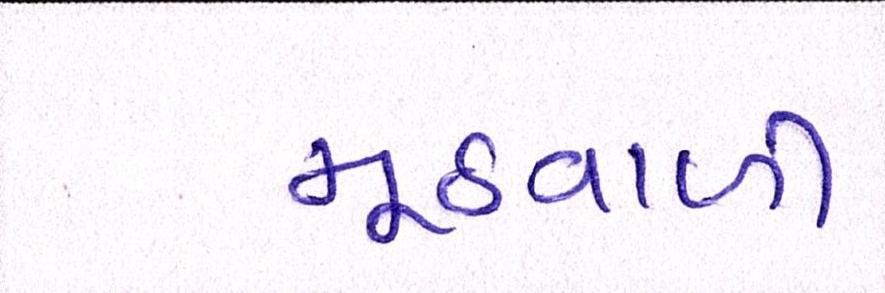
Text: મૂઠવાળી